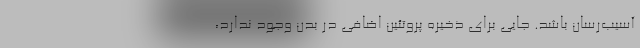
آسیب‌رسان باشد. جایی برای ذخیره پروتئین اضافی در بدن وجود ندارد،